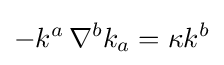
-k^{a}\,\nabla ^{b}k_{a}=\kappa k^{b}